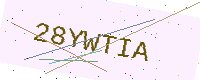
Text: 28YWTIA